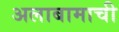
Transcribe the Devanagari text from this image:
अलाबामाची